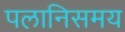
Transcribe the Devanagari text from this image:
पलानिसमय